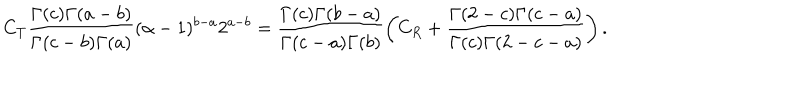
LaTeX: C _ { T } \frac { \Gamma ( c ) \Gamma ( a - b ) } { \Gamma ( c - b ) \Gamma ( a ) } ( \alpha - 1 ) ^ { b - a } 2 ^ { a - b } = \frac { \Gamma ( c ) \Gamma ( b - a ) } { \Gamma ( c - a ) \Gamma ( b ) } \left( C _ { R } + \frac { \Gamma ( 2 - c ) \Gamma ( c - a ) } { \Gamma ( c ) \Gamma ( 2 - c - a ) } \right) .